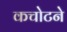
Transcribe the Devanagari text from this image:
कचोटने